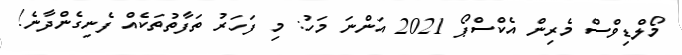
މޯލްޑިވްސް މެރިން އެކްސްޕޯ 2021 އަންނަ މަހު: މި ފަހަރު ތަފާތުތަކެއް ފެނިގެންދާނެ!